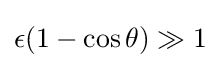
\epsilon (1-\cos \theta )\gg 1